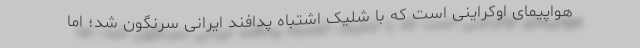
هواپیمای اوکراینی است که با شلیک اشتباه پدافند ایرانی سرنگون شد؛ اما